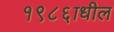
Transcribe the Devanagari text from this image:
१९८६ाधील